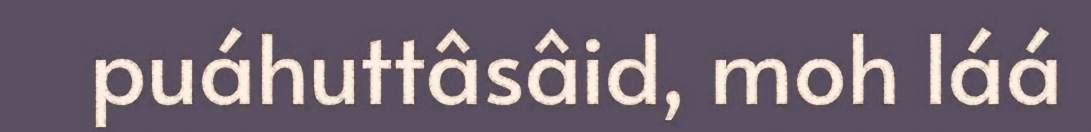
puáhuttâsâid, moh láá